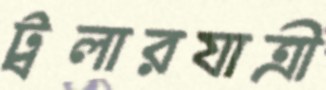
ট্রলারযাত্রী